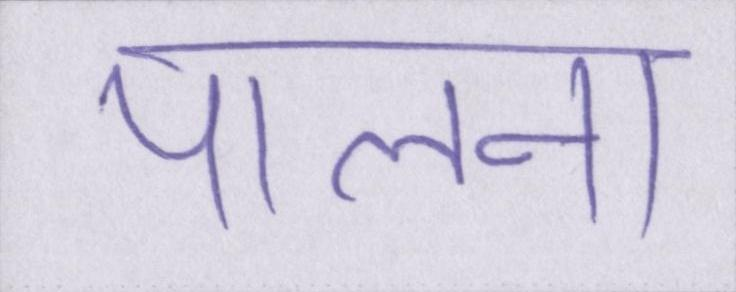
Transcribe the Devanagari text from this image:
पालना